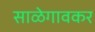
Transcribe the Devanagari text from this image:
साळेगावकर